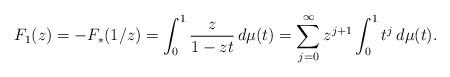
LaTeX: \begin{align*}F_1(z)=-F_*(1/z)= \int_0^1\frac{z}{1-zt}\,d\mu(t) = \sum_{j=0}^\infty z^{j+1}\int_0^1t^j\,d\mu(t).\end{align*}